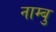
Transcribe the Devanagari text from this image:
नाम्बु